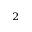
^ 2